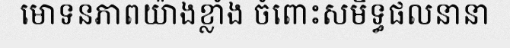
មោទនភាពយ៉ាងខ្លាំង ចំពោះសមិទ្ធផលនានា